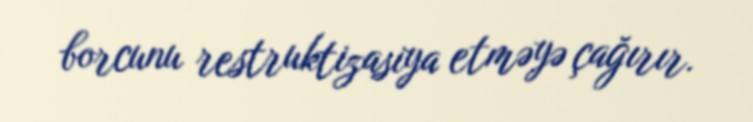
borcunu restruktizasiya etməyə çağırır.